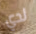
لدي